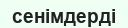
сенімдерді